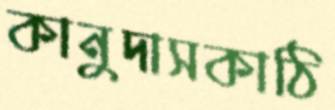
কানুদাসকাঠি